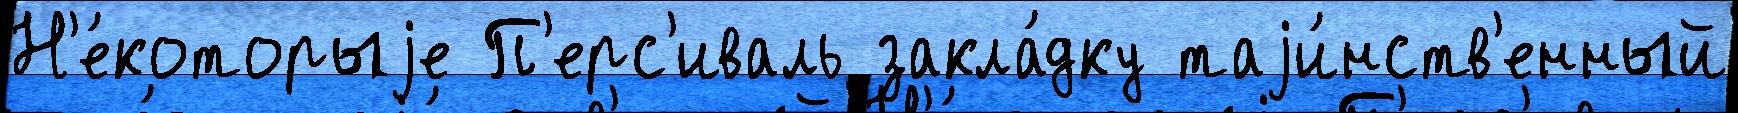
Н'е́которыjе П'ерс'иваль закла́дку таjи́нств'енный